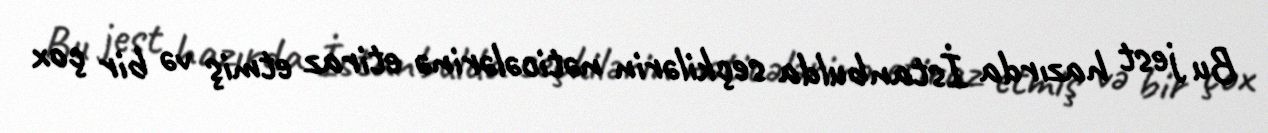
Bu jest hazırda İstanbulda seçkilərin nəticələrinə etiraz etmiş və bir çox